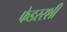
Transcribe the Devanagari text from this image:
फेडररशी